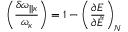
\left( { \frac { \delta \omega _ { | | \kappa } } { \omega _ { \kappa } } } \right) = 1 - \left( { \frac { \partial { \cal E } } { \partial \tilde { \cal E } } } \right) _ { N }